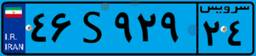
۴۶S۹۲۹۲۴